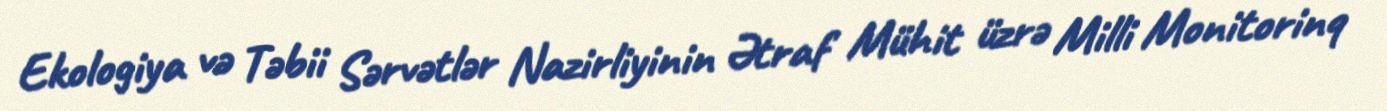
Ekologiya və Təbii Sərvətlər Nazirliyinin Ətraf Mühit üzrə Milli Monitorinq